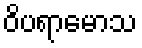
ဝိပရာမောသ